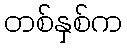
တစ်နှစ်က